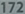
transcription